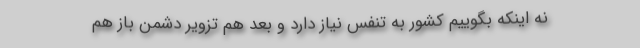
نه اینکه بگوییم کشور به تنفس نیاز دارد و بعد هم تزویر دشمن باز هم